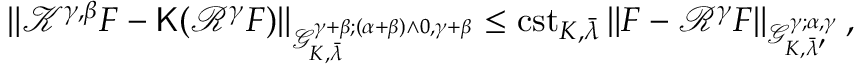
\| { \mathcal K } ^ { \gamma , \beta } F - \mathsf { K } ( { \mathcal R } ^ { \gamma } F ) \| _ { \mathcal { G } _ { K , \bar { \lambda } } ^ { \gamma + \beta ; ( \alpha + \beta ) \wedge 0 , \gamma + \beta } } \le \mathrm { c s t } _ { K , \bar { \lambda } } \, \| F - { \mathcal R } ^ { \gamma } F \| _ { \mathcal { G } _ { K , \bar { \lambda } ^ { \prime } } ^ { \gamma ; \alpha , \gamma } } \, ,